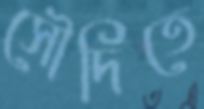
সৌদিতে